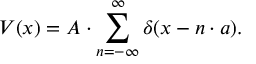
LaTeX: V ( x ) = A \cdot \sum _ { n = - \infty } ^ { \infty } \delta ( x - n \cdot a ) .